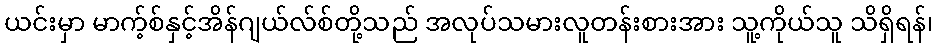
ယင်းမှာ မာက့်စ်နှင့်အိန်ဂျယ်လ်စ်တို့သည် အလုပ်သမားလူတန်းစားအား သူ့ကိုယ်သူ သိရှိရန်၊